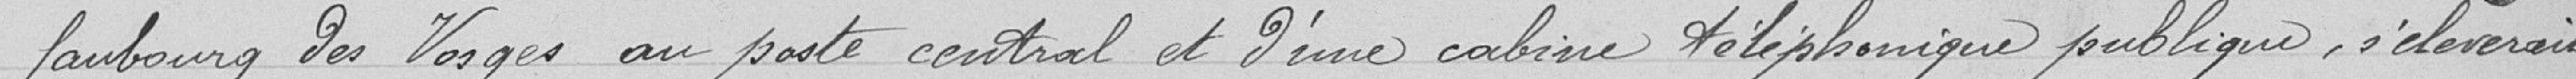
faubourg des Vosges au poste central et d'une cabine téléphonique publique s'élèverait